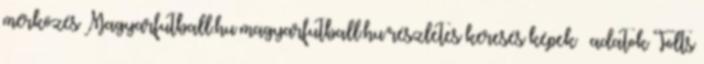
mérkőzés Magyarfutball.hu magyarfutball.hu részletes keresés képek adatok Tölts